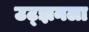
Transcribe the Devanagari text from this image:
उट्झनला